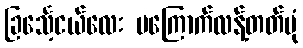
ခြင်္သေ့ငယ်လေး မကြောက်လန့်တတ်ပုံ